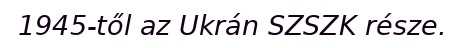
1945-től az Ukrán SZSZK része.